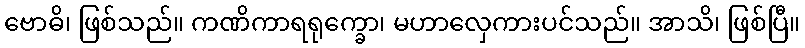
ဗောဓိ၊ ဖြစ်သည်။ ကဏိကာရရုက္ခော၊ မဟာလှေကားပင်သည်။ အာသိ၊ ဖြစ်ပြီ။